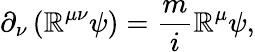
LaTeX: \partial_{\nu}\left(\mathbb{R}^{\mu\nu}\psi\right)=\frac{{m}}{{i}}\mathbb{R}^{\mu}\psi,